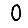
Digit: 0